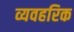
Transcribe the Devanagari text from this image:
व्यवहरिक